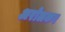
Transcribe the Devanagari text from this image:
अरोलकर